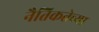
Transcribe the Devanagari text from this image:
नैतिकतेच्या